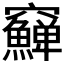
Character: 𥩎